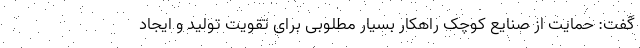
گفت: حمایت از صنایع کوچک راهکار بسیار مطلوبی برای تقویت تولید و ایجاد